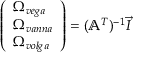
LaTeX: { \left( \begin{array} { l } { \Omega _ { v e g a } } \\ { \Omega _ { v a n n a } } \\ { \Omega _ { v o l g a } } \end{array} \right) } = ( \mathbb { A } ^ { T } ) ^ { - 1 } { \vec { I } }